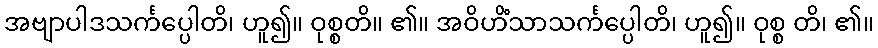
အဗျာပါဒသင်္ကပ္ပေါတိ၊ ဟူ၍။ ဝုစ္စတိ။ ၏။ အဝိဟိံသာသင်္ကပ္ပေါတိ၊ ဟူ၍။ ဝုစ္စ တိ၊ ၏။